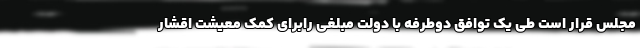
مجلس قرار است طی یک توافق دوطرفه با دولت مبلغی رابرای کمک معیشت اقشار